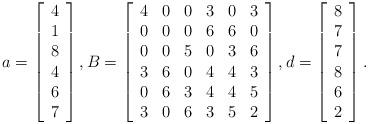
LaTeX: \begin{align*}a = \left[\begin{array}{c} 4 \\ 1 \\ 8 \\ 4 \\ 6 \\ 7 \end{array} \right],B = \left[\begin{array}{cccccc} 4 & 0 & 0 & 3 & 0 & 3 \\ 0 & 0 & 0 & 6 & 6 & 0 \\ 0 & 0 & 5 & 0 & 3 & 6 \\ 3 & 6 & 0 & 4 & 4 & 3 \\ 0 & 6 & 3 & 4 & 4 & 5 \\ 3 & 0 & 6 & 3 & 5 & 2\end{array} \right],d = \left[\begin{array}{c} 8 \\ 7 \\ 7 \\ 8 \\ 6 \\ 2 \end{array} \right].\end{align*}